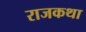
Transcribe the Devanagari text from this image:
राजकथा